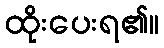
ထိုးပေးရ၏။